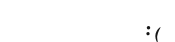
:(